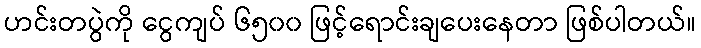
ဟင်းတပွဲကို ငွေကျပ် ၆၅၀၀ ဖြင့်ရောင်းချပေးနေတာ ဖြစ်ပါတယ်။